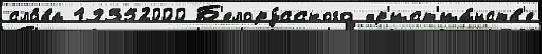
сло́ва 19352000 Б'елору́сского хр'ист'иа́нств'е